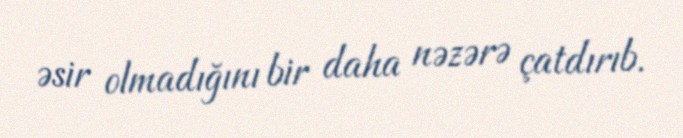
əsir olmadığını bir daha nəzərə çatdırıb.